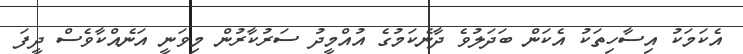
އެކަމަކު އިސާހިތަކު އެކަން ބަދަލުވެ ދާނެކަމުގެ އުއްމީދު ސަރުކާރުން މިވަނީ އަނެއްކާވެސް ދީފަ